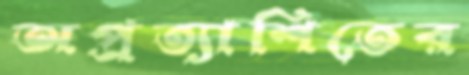
অপ্রত্যাশিতের